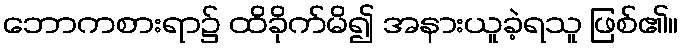
ဘောကစားရာ၌ ထိခိုက်မိ၍ အနားယူခဲ့ရသူ ဖြစ်၏။